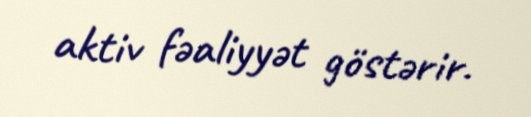
aktiv fəaliyyət göstərir.